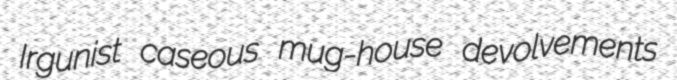
Irgunist caseous mug-house devolvements